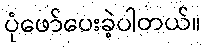
ပုံဖော်ပေးခဲ့ပါတယ်။